画像に写った文字を読んでください
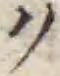
「ク」と書いてあります